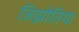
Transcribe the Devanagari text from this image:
जिझोतिया